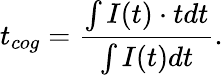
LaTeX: t_{cog}=\frac{\int{I(t)\cdot tdt}}{\int I(t)dt}.